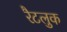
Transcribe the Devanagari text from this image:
रैटलुक